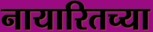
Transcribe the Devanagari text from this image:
नायारितच्या